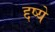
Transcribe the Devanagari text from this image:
द्दष्ये